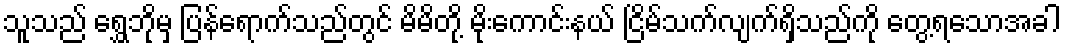
သူသည် ရွှေဘိုမှ ပြန်ရောက်သည်တွင် မိမိတို့ မိုးကောင်းနယ် ငြိမ်သက်လျက်ရှိသည်ကို တွေ့ရသောအခါ